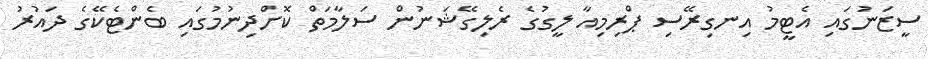
ސީޒަނުގައި އެޓީމު އިނގިރޭސި ޕްރިމިއާ ލީގުގެ ރެލިގޭޝަނުން ސަލާމަތް ކޮށްދިނުމުގައި ބެންޓެކޭގެ ދައުރު